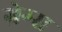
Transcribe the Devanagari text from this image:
ग्रेग्स